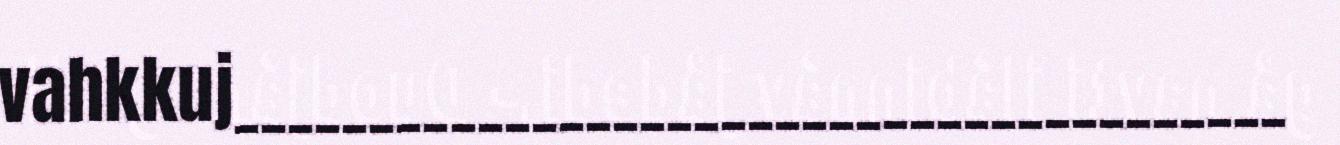
vahkkuj_______________________________________